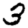
Digit: 3